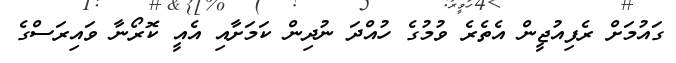
ގައުމަށް ރެފިއުޖީން އެތެރެ ވުމުގެ ހުއްދަ ނުދިން ކަމަށާއި އެއީ ކޮރޯނާ ވައިރަސްގެ